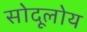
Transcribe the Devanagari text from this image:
सोदूलोय